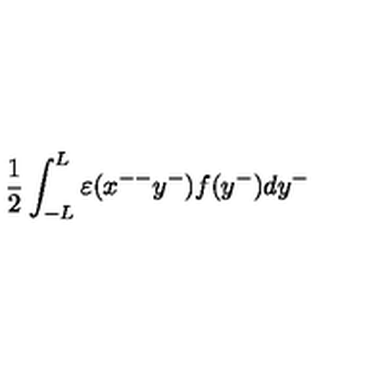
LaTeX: \frac { 1 } { 2 } \int _ { - L } ^ { L } { \varepsilon } ( x ^ { -- } y ^ { - } ) f ( y ^ { - } ) d y ^ { - }